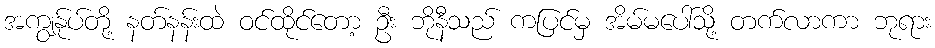
အကျွန်ုပ်တို့ နတ်နန်းထဲ ဝင်ထိုင်တော့ ဦး ဘိုနီသည် ကပြင်မှ အိမ်မပေါ်သို့ တက်လာကာ ဘုရား